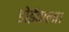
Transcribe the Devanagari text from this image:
डोईवाला।